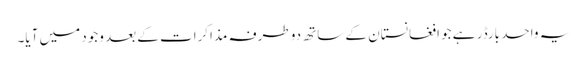
یہ واحد بارڈر ہے جو افغانستان کے ساتھ دو طرفہ مذاکرات کے بعد وجود میں آیا۔